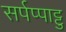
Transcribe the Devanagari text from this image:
सर्पप्पाट्टु